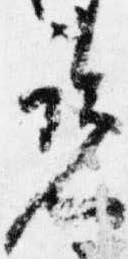
覧